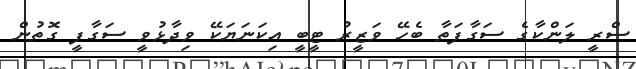
ސްރީ ލަންކާގެ ސަގާފަތާ ބެހޭ ވަޒީރު ޓީބީ އިކަނަޔަކޭ ވިދާޅުވީ ސަގާފީ ގޮތުން